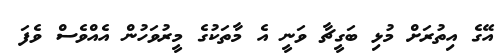
އޭގެ އިތުރަށް މުޅި ބަގީޗާ ވަނީ އެ މާތަކުގެ މީރުވަހުން އެއްވެސް ވެފަ